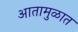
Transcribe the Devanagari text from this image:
आतामुळात